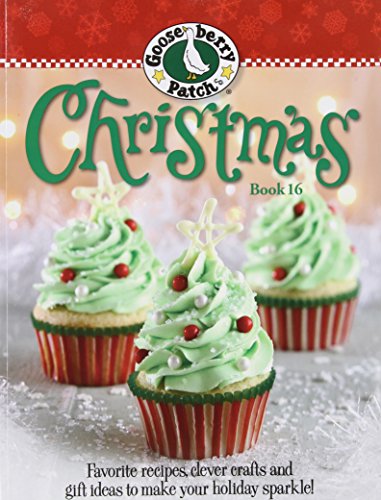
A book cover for Gooseberry Patch Christmas Book 16; Gooseberry Patch; Cookbooks, Food & Wine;